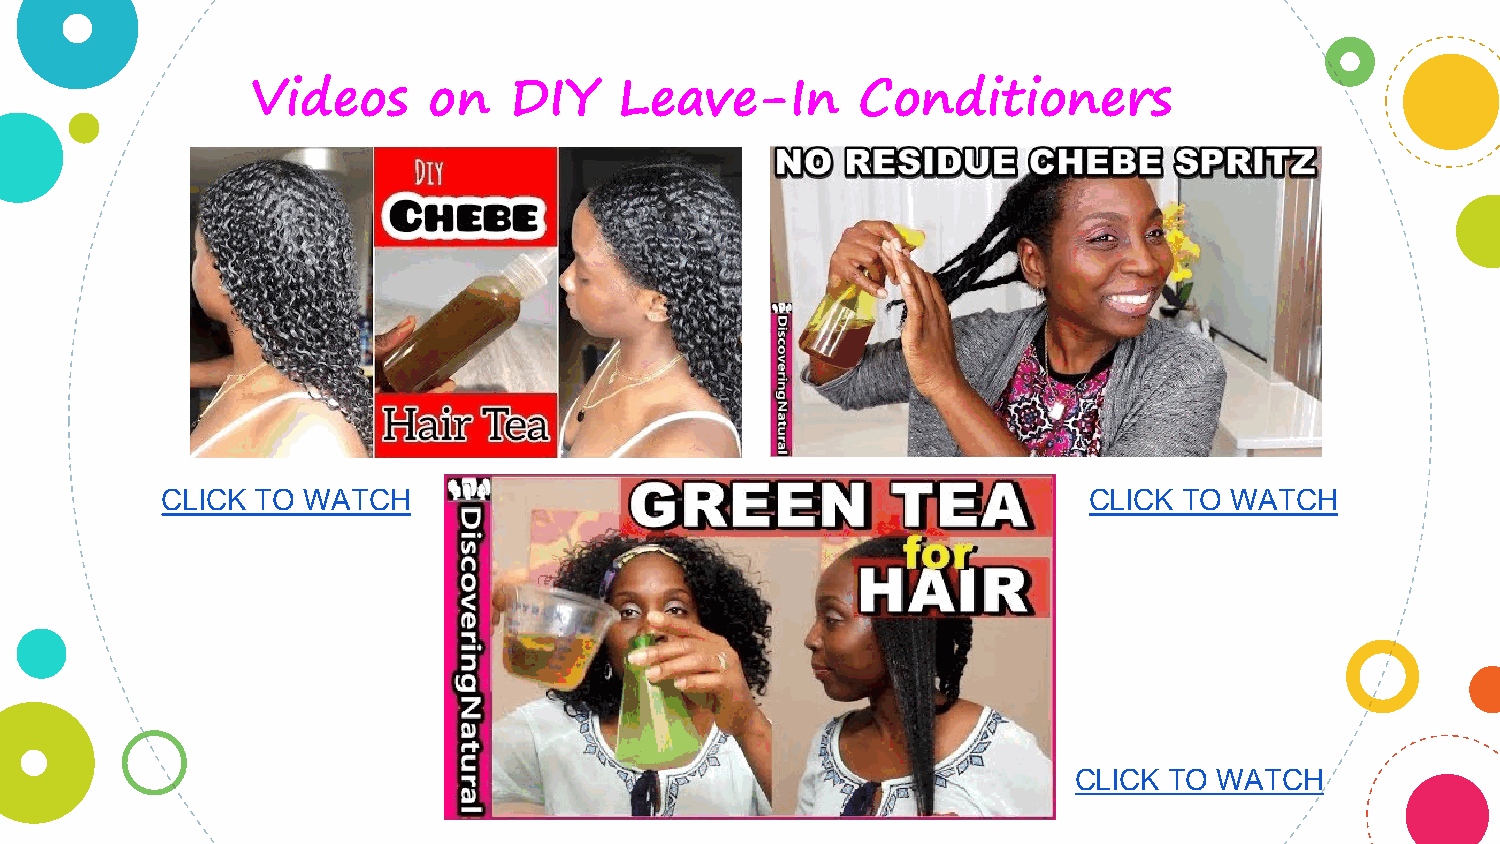
Videos     on    DIY    Leave-In        Conditioners
 CLICK TO WATCH                                               CLICK TO  WATCH
 CLICK TO  WATCH
 15